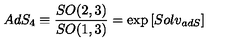
A d S _ { 4 } \equiv \frac { S O ( 2 , 3 ) } { S O ( 1 , 3 ) } = \exp \left[ S o l v _ { a d S } \right]